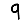
Digit: 9